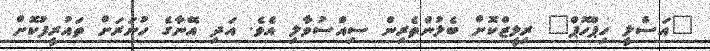
"އަސްލީ ހިޕްހޮޕް" ރިލީޒްކޮށް ބެލުންތެރިން ސިއްސުވާލި އެވެ. އަދި އޭނާގެ ހުނަރަށް ތައުރީފުކޮށް